Vaccination report Assam 1874-1896 - 1874-1896
Year: 1874
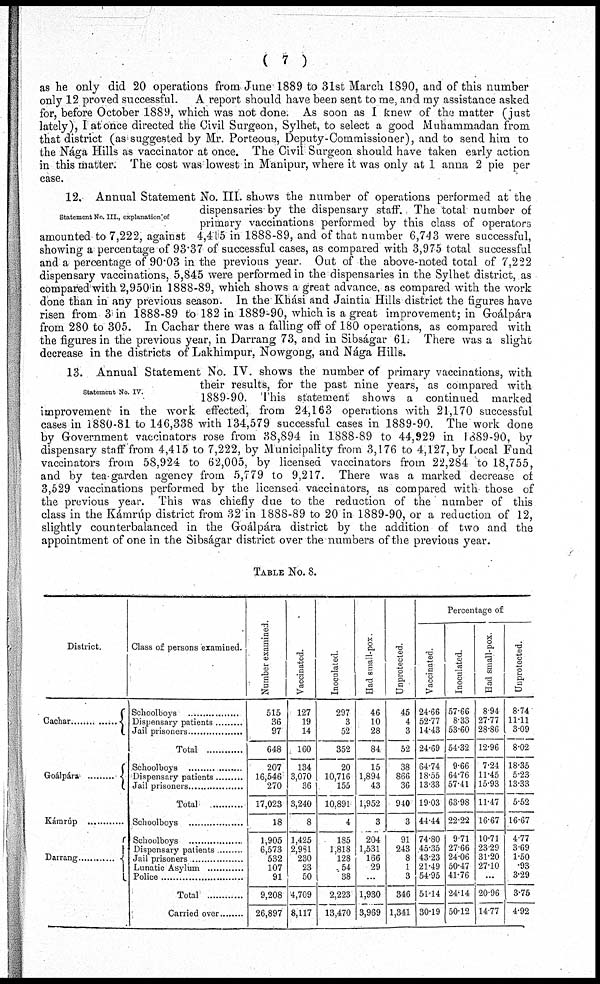
( 7 )
as he only did 20 operations from June 1889 to 31st March 1890, and of this number
only 12 proved successful. A report should have been sent to me, and my assistance asked
for, before October 1889, which was not done. As soon as I knew of the matter (just
lately), I at once directed the Civil Surgeon, Sylhet, to select a good Muhammadan from
that district (as suggested by Mr. Porteous, Deputy-Commissioner), and to send him to
the Nága Hills as vaccinator at once. The Civil Surgeon should have taken early action
in this matter. The cost was lowest in Manipur, where it was only at 1 anna 2 pie per
case.
Statement No. III., explanation of
12. Annual Statement No. III. shows the number of operations performed at the
dispensaries by the dispensary staff. The total number of
primary vaccinations performed by this class of operators
amounted to 7,222, against 4,415 in 1888-89, and of that number 6,743 were successful,
showing a percentage of 93.37 of successful cases, as compared with 3,975 total successful
and a percentage of 90.03 in the previous year. Out of the above-noted total of 7,222
dispensary vaccinations, 5,845 were performed in the dispensaries in the Sylhet district, as
compared with 2,950 in 1888-89, which shows a great advance, as compared with the work
done than in any previous season. In the Khási and Jaintia Hills district the figures have
risen from 3 in 1888-89 to 182 in 1889-90, which is a great improvement; in Goálpára
from 280 to 305. In Cachar there was a falling off of 180 operations, as compared with
the figures in the previous year, in Darrang 73, and in Sibságar 61. There was a slight
decrease in the districts of Lakhimpur, Nowgong, and Nága Hills.
Statement No. IV.
13. Annual Statement No. IV. shows the number of primary vaccinations, with
their results, for the past nine years, as compared with
1889-90. This statement shows a continued marked
improvement in the work effected, from 24,163 operations with 21,170 successful
cases in 1880-81 to 146,338 with 134,579 successful cases in 1889-90. The work done
by Government vaccinators rose from 38,894 in 1888-89 to 44,929 in 1889-90, by
dispensary staff from 4,415 to 7,222, by Municipality from 3,176 to 4,127, by Local Fund
vaccinators from 58,924 to 62,005, by licensed vaccinators from 22,284 to 18,755,
and by tea-garden agency from 5,779 to 9,217. There was a marked decrease of
3,529 vaccinations performed by the licensed vaccinators, as compared with those of
the previous year. This was chiefly due to the reduction of the number of this
class in the Kámrúp district from 32 in 1888-89 to 20 in 1889-90, or a reduction of 12,
slightly counterbalanced in the Groálpára district by the addition of two and the
appointment of one in the Sibságar district over the numbers of the previous year.
TABLE No. 8.
District.
Cachar ..................
Kámrúp ...............
Darrang ...............
Class of persons examined.
Schoolboys ...............
Dispensary patients .........
Jail prisoners ...............
Total ...............
Schoolboys ...............
Dispensary patients .........
Jail prisoners ...............
Total
Schoolboys ...............
Schoolboys ...............
Dispensary patients .........
Jail prisoners ...............
Lunatic Asylum ...................
Police ........................
Total
Carried over ............
Number examined.
515
36
97
648
207
16,546
270
17,023
18
1,905
6,573
532
107
91
9,208
26,897
Vaccinated.
127
19
14
160
134
3,070
36
3,240
8
1,425
2,981
230
23
50
4,709
8,117
Inoculated.
297
3
52
352
20
10,716
155
10,891
4
185
1,818
128
54
38
2,223
13,470
Had small-pox.
46
10
28
84
15
1,894
43
1,952
3
204
1,531
166
29
...
1,930
3,969
Unprotected.
45
4
3
52
38
866
36
940
3
91
243
8
1
3
346
1,341
Percentage of
Vaccinated.
24.66
52.77
14.43
24.69
64.74
18.55
13.33
19.03
44.44
74.80
45.35
43.23
21.49
54.95
51.14
30.19
Inoculated.
57.66
8.33
53.60
54.32
9.66
64.76
57.41
63.98
22.22
9.71
27.66
24.06
50.47
41.76
24.14
50.12
Had small-pox.
8.94
27.77
28.86
12.96
7.24
11.45
15.93
11.47
16.67
10.71
23.29
31.20
27.10
...
20.96
14.77
Unprotected.
8.74
11.11
3.09
8.02
18.35
5.23
13.33
5.52
16.67
4.77
3.69
1.50
.93
3.29
3.75
4.92